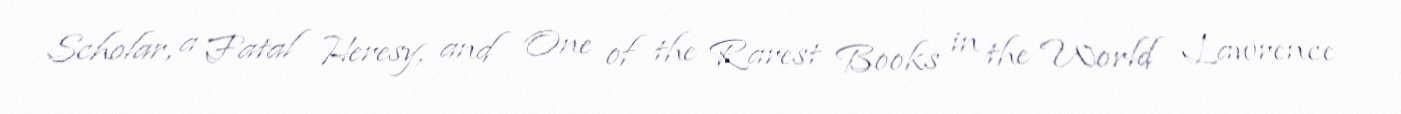
Scholar, a Fatal Heresy, and One of the Rarest Books in the World Lawrence